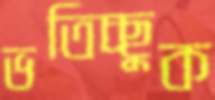
ভতিচ্ছুক